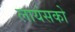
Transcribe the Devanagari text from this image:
लायंसको